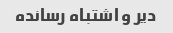
دیر و اشتباه رسانده